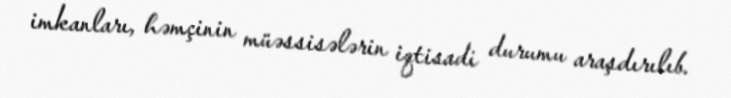
imkanları, həmçinin müəssisələrin iqtisadi durumu araşdırılıb.